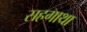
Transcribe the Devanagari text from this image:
सहगाथा